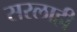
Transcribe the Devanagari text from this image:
सरलाही